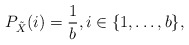
\begin{align*} P_{\tilde{X}}(i) = \frac{1}{b},i \in\{1,\ldots,b\},\end{align*}